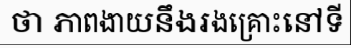
ថា ភាពងាយនឹងរងគ្រោះនៅទី